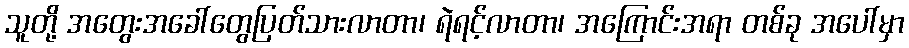
သူတို့ အတွေးအခေါ်တွေပြတ်သားလာတာ၊ ရဲရင့်လာတာ၊ အကြောင်းအရာ တစ်ခု အပေါ်မှာ